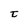
Character: t